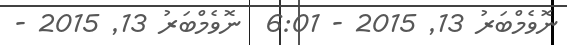
ނޮވެމްބަރު 13